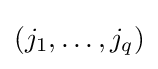
(j_{1},\ldots ,j_{q})